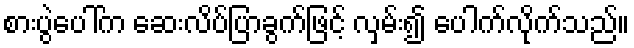
စားပွဲပေါ်က ဆေးလိပ်ပြာခွက်ဖြင့် လှမ်း၍ ပေါက်လိုက်သည်။